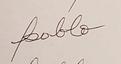
Signature authenticity: forged